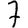
Digit: 7